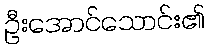
ဦးအောင်သောင်း၏